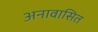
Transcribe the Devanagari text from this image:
अनावासित